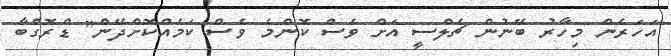
އަހަރެން މިހާރު ބޭނުން ޗެލްސީ އަށް ވެސް ކޮންމެ ވެސް ކަމެއްކޮށްދޭން" ޑްރޮގްބާ